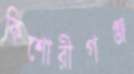
কিশোরীগঞ্জ